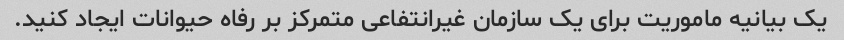
یک بیانیه ماموریت برای یک سازمان غیرانتفاعی متمرکز بر رفاه حیوانات ایجاد کنید.